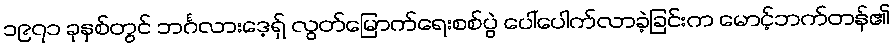
၁၉၇၁ ခုနှစ်တွင် ဘင်္ဂလားဒေ့ရှ် လွတ်မြောက်ရေးစစ်ပွဲ ပေါ်ပေါက်လာခဲ့ခြင်းက မောင့်ဘက်တန်၏